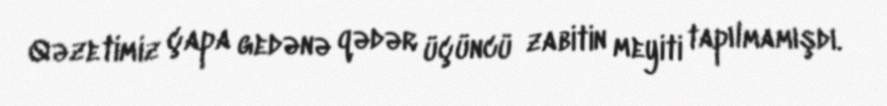
Qəzetimiz çapa gedənə qədər üçüncü zabitin meyiti tapılmamışdı.